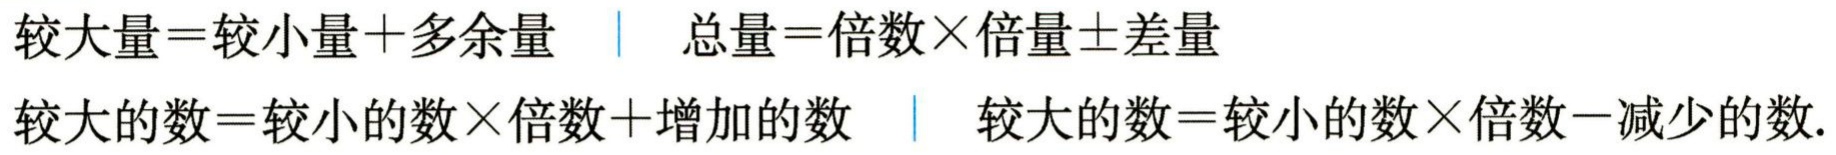
较大量=较小量+多余量 \| 总量=倍数×倍量±差量

较大的数=较小的数×倍数+增加的数 \| 较大的数=较小的数×倍数-减少的数.